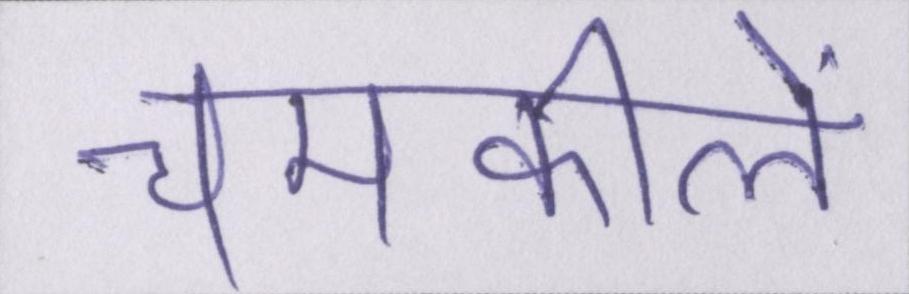
चमकीले